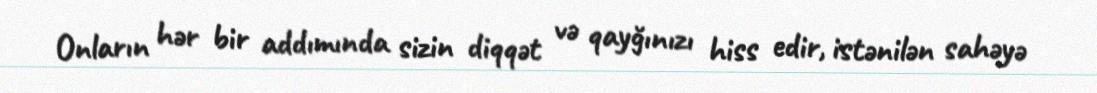
Onların hər bir addımında sizin diqqət və qayğınızı hiss edir, istənilən sahəyə